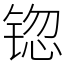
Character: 锪